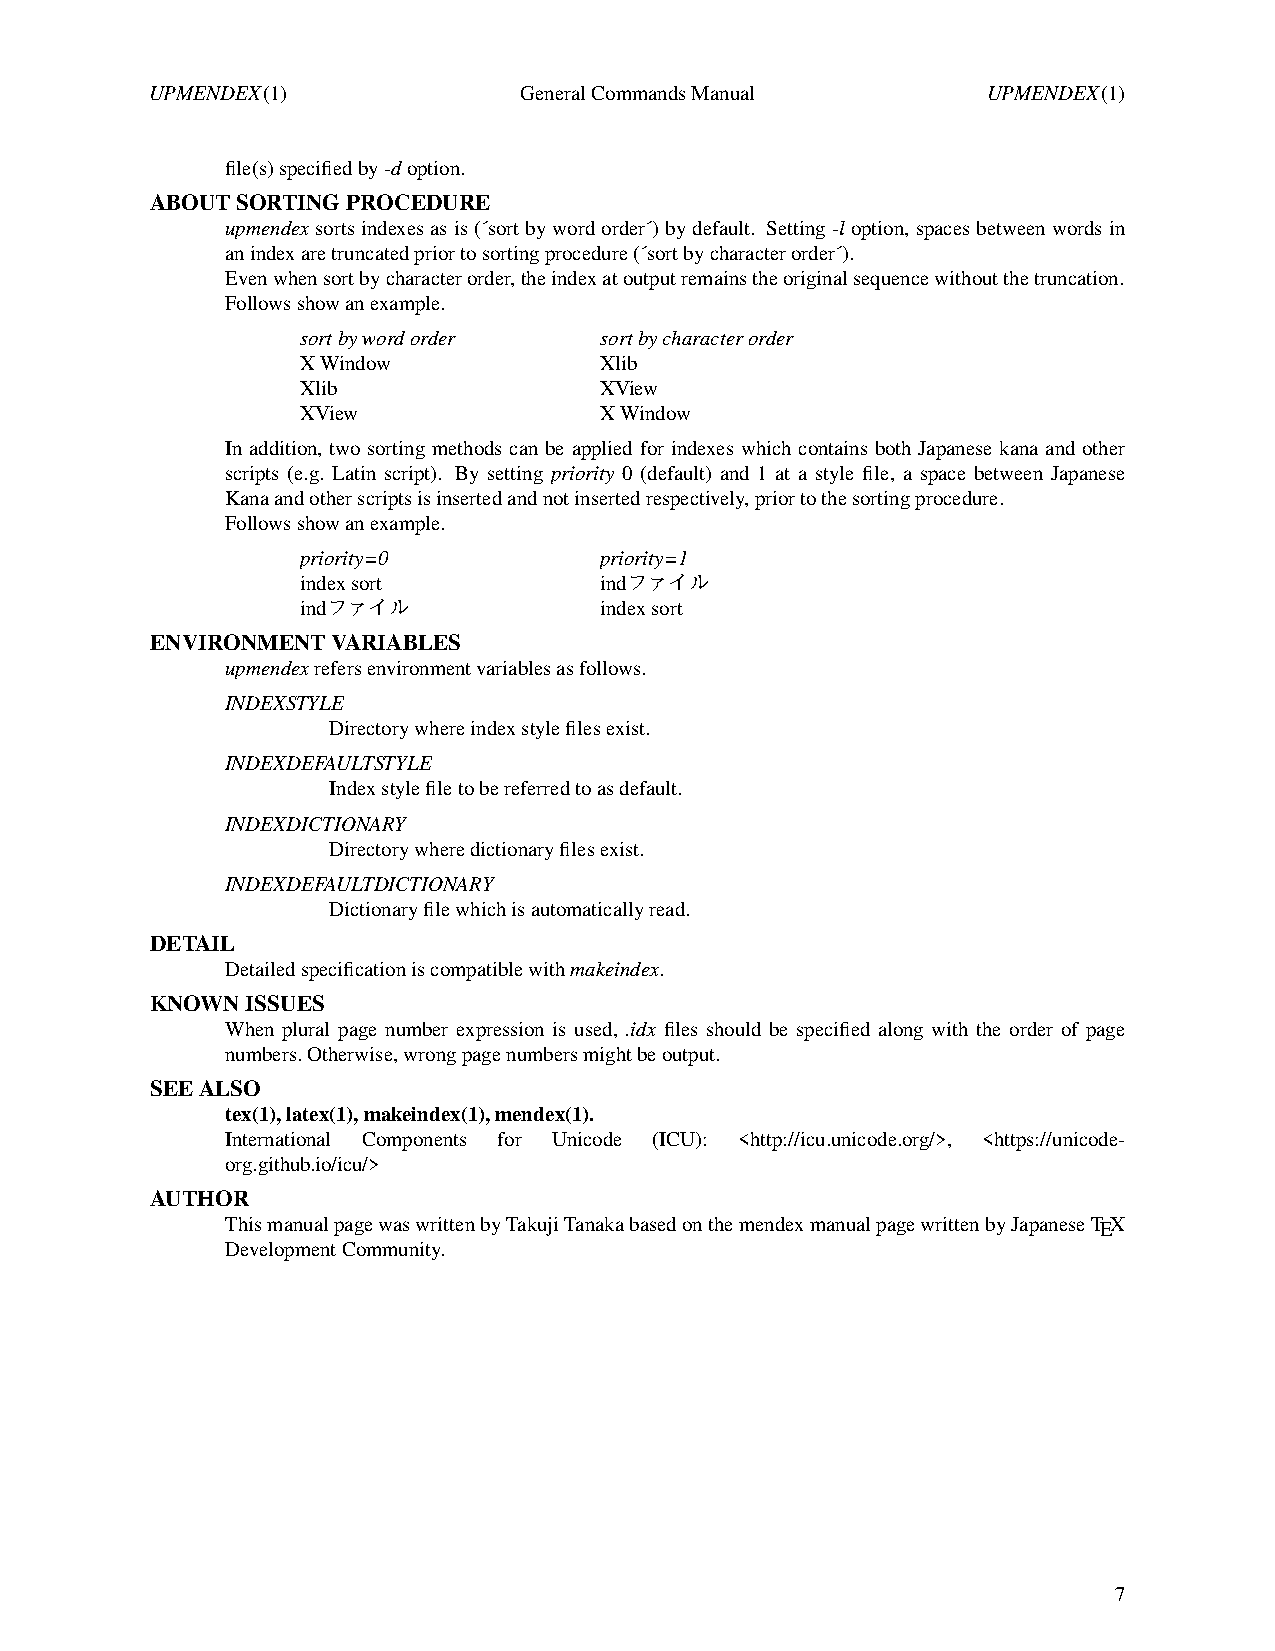
UPMENDEX(1)             GeneralCommands Manual         UPMENDEX(1)
 file(s) specified by-doption.
 ABOUT SORTING PROCEDURE
 upmendexsorts indexesasis(´sort by word order´) by default. Setting-loption, spaces between words in
 an indexare truncated prior to sorting procedure (´sort by character order´).
 Even when sort by character order,the indexatoutput remains the original sequence without the truncation.
 Follows showanexample.
 sort by wordorder   sortby character order
 XWindow             Xlib
 Xlib                XView
 XView               XWindow
 In addition, two sorting methods can be applied for indexes which contains both Japanese kana and other
 scripts (e.g. Latin script). By setting priority 0 (default) and 1 at a style file, a space between Japanese
 Kana and other scripts is inserted and not inserted respectively,prior to the sorting procedure.
 Follows showanexample.
 priority=0          priority=1
 indexsort           indファイル
 indファイル             indexsort
 ENVIRONMENT VARIABLES
 upmendexrefers environment variables as follows.
 INDEXSTYLE
 Directory where indexstyle files exist.
 INDEXDEFAULTSTYLE
 Indexstyle file to be referred to as default.
 INDEXDICTIONARY
 Directory where dictionary files exist.
 INDEXDEFAULTDICTIONARY
 Dictionary file which is automatically read.
 DETAIL
 Detailed specification is compatible withmakeindex.
 KNOWN ISSUES
 When plural page number expression is used, .idx files should be specified along with the order of page
 numbers. Otherwise, wrong page numbers might be output.
 SEE ALSO
 tex(1), latex(1), makeindex(1), mendex(1).
 International Components for Unicode (ICU): <http://icu.unicode.org/>, <https://unicode-
 org.github.io/icu/>
 AUTHOR
 This manual page was written by Takuji Tanaka based on the mendexmanual page written by Japanese TEX
 Development Community.
 7